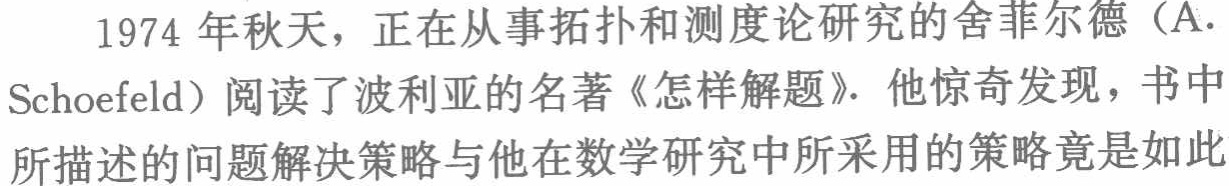
1974 年秋天，正在从事拓扑和测度论研究的舍菲尔德（A. Schoefeld）阅读了波利亚的名著《怎样解题》. 他惊奇发现，书中所描述的问题解决策略与他在数学研究中所采用的策略竟是如此